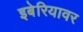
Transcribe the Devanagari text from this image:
इबेरियावर